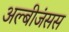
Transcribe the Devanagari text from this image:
अल्बीजंसस